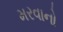
મરવાનો